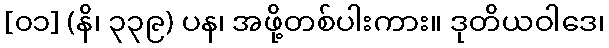
[၀၁] (နိ၊ ၃၃၉) ပန၊ အဖို့တစ်ပါးကား။ ဒုတိယဝါဒေ၊